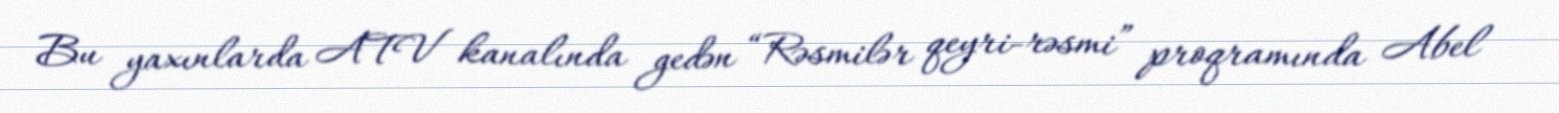
Bu yaxınlarda ATV kanalında gedən “Rəsmilər qeyri-rəsmi” proqramında Abel